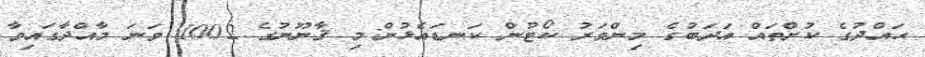
ޙައްދުގެ ކުށްތައް އަދަބުގެ މިންވަރު ކޯޓުން ކަނޑައެޅުން:މި ޤާނޫނުގެ 1002 ވަނަ މާއްދާގައިވާ